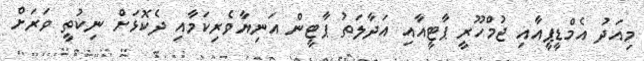
މިއަދު އެމްޑީޕީއާއި ޖުމްހޫރީ ޕާޓީއާއި އަދާލަތު ޕާޓީން އަނިޔާވެރިކަމާއި ދެކޮޅަށް ނިކުތީ ވަރަށް